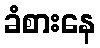
ခံစားနေ